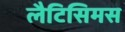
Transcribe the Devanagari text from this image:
लैटिसिमस